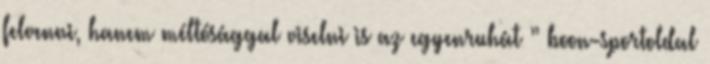
felvenni, hanem méltósággal viselni is az egyenruhát ” boon-sportoldal